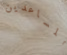
المساعدين